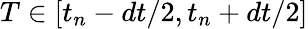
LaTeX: T\in[t_{n}-dt/2,t_{n}+dt/2]